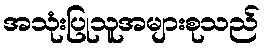
အသုံးပြုသူအများစုသည်